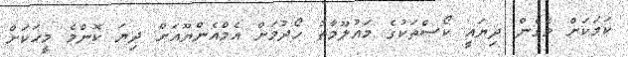
ކަމަކަށް ވެގެން ދިޔައީ ކޯސްތަކުގެ މައުލޫމާތު ހޯދުމަށް އެމްއެންޔޫއަށް ދިޔަ ކޮންމެ މީހަކަށް